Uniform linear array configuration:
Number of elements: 32
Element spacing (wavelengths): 0.25
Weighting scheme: exponential
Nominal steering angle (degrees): -30
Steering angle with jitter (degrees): -28.488
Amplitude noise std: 0.05
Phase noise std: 0.05

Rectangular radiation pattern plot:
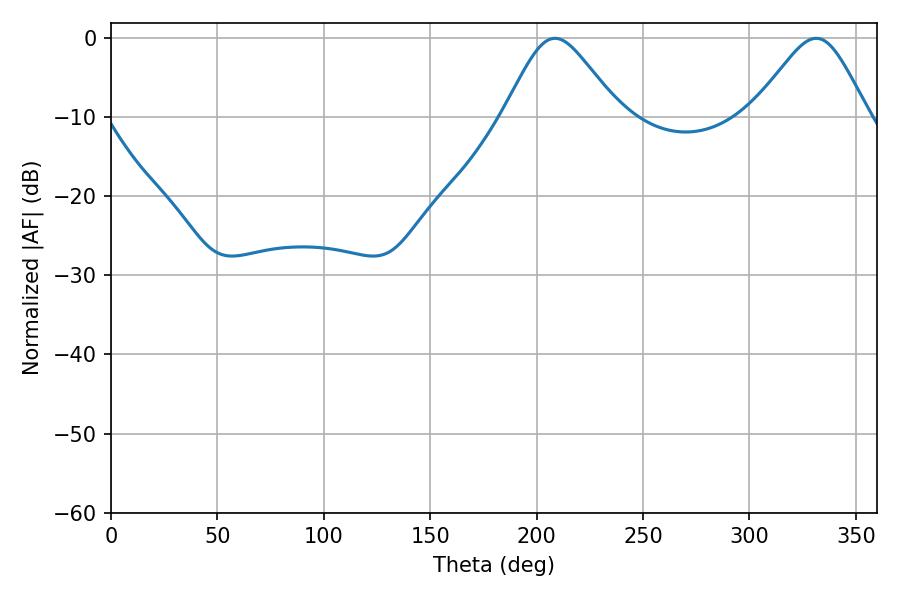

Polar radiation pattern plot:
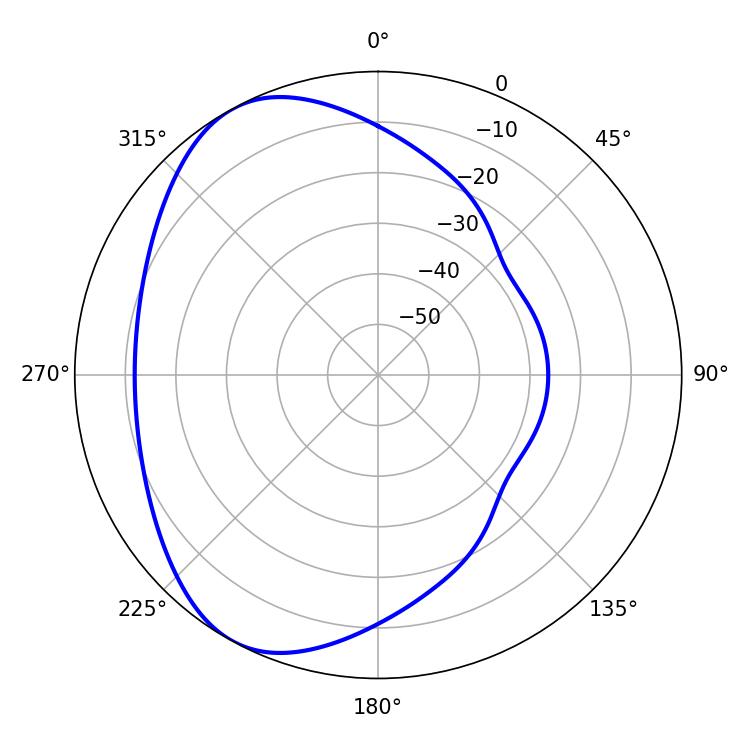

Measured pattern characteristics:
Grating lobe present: FALSE
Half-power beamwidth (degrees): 26.46
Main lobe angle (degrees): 331.38